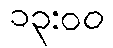
၁၃:၀၀